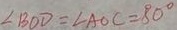
\angle B O D = \angle A O C = 8 0 ^ { \circ }